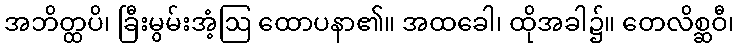
အဘိတ္ထပိ၊ ခြီးမွမ်းအံ့ဩ ထောပနာ၏။ အထခေါ၊ ထိုအခါ၌။ တေလိစ္ဆဝီ၊